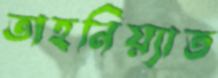
তাহনিয়্যাত